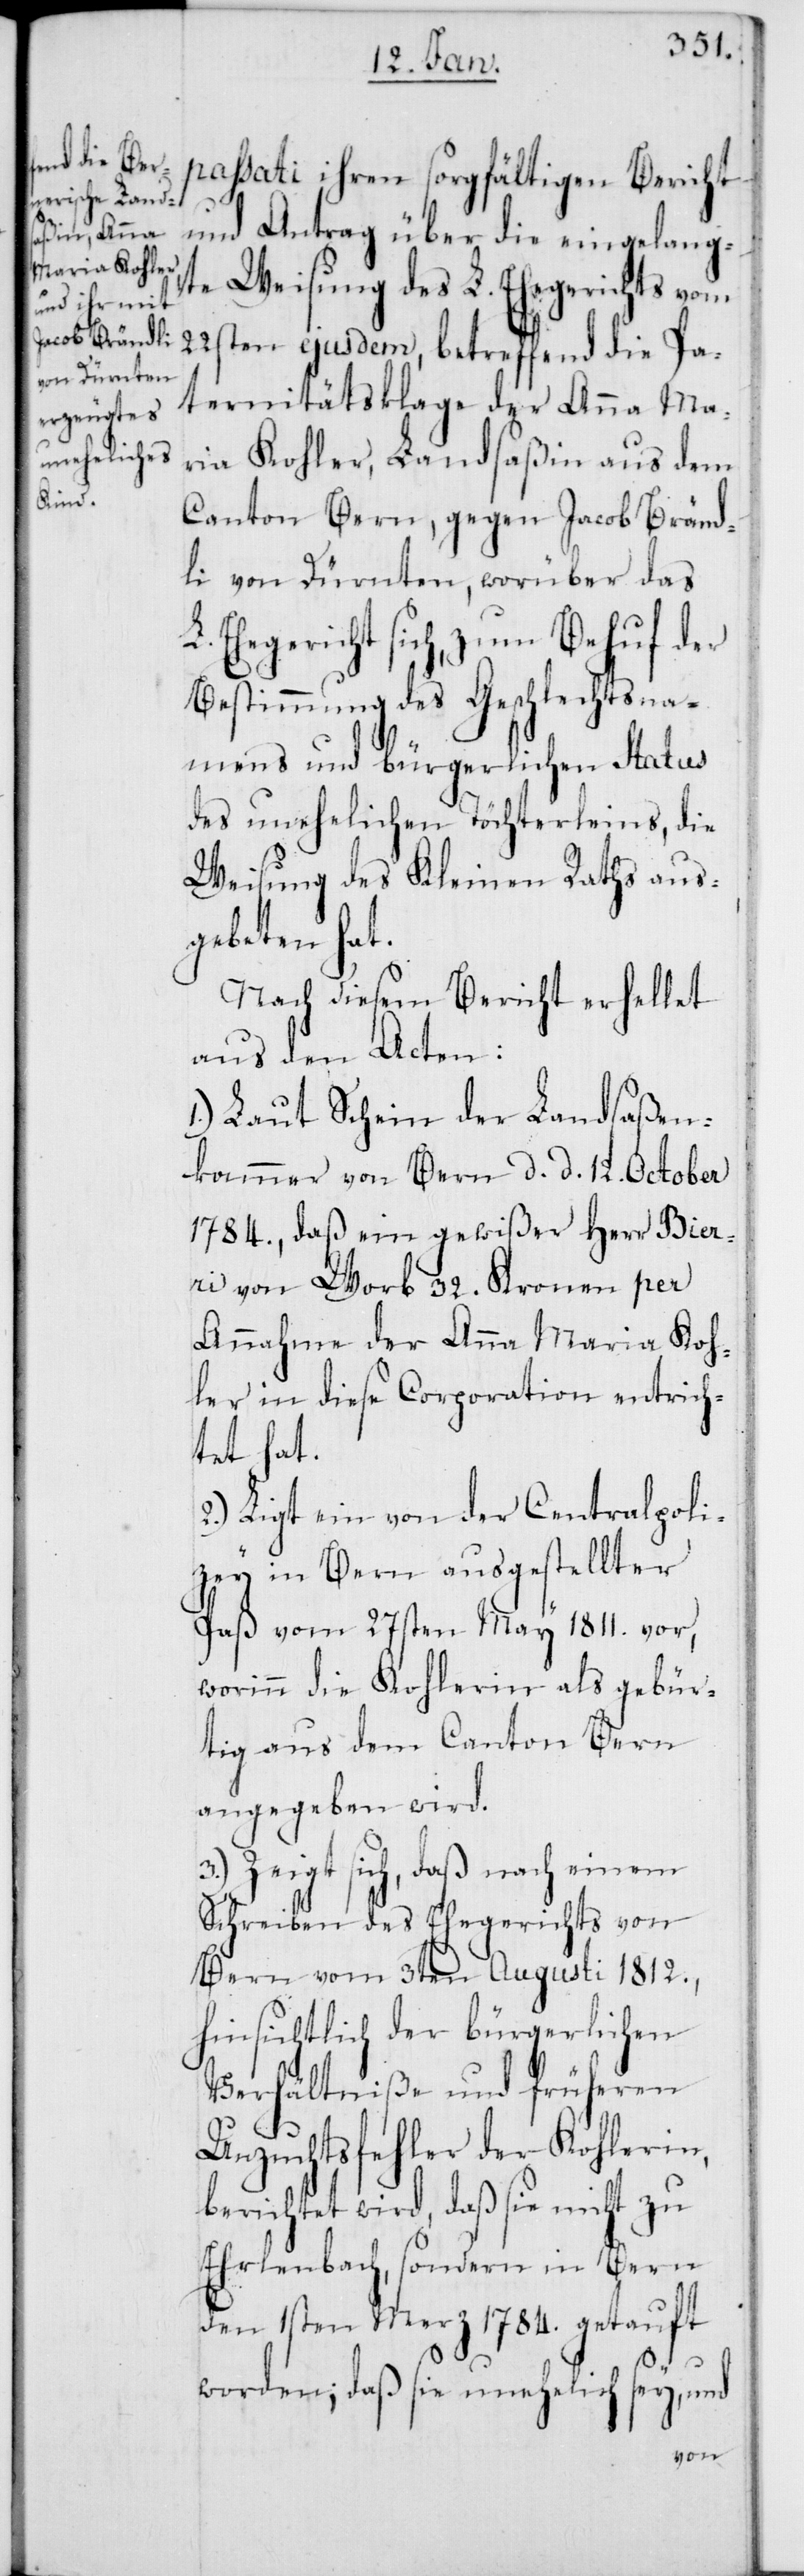
passati ihren sorgfältigen Bericht
und Antrag über die eingelang¬
te Weisung des L. Ehegerichts vom
22sten ejusdem, betreffend die Pa¬
ternitätsklage der Anna Ma¬
ria Kohler, Landsaßin aus dem
Canton Bern, gegen Jacob Bränd¬
li von Dürnten, worüber das
L. Ehegericht sich, zum Behuf der
Bestimmung des Geschlechtsna¬
mens und bürgerlichen Status
des unehelichen Töchterleins, die
Weisung des Kleinen Raths aus¬
gebeten hat.
Nach diesem Bericht erhellet
aus den Acten:
1.) Laut Schein der Landsaßen¬
kammer von Bern d. d. 12ten October
1784., daß ein gewißer Herr Bier¬
i von Worb 32. Kronen per
Annahme der Anna Maria Koh¬
ler in diese Corporation entrich¬
tet hat.
2.) Ligt ein von der Centralpoli¬
zey in Bern ausgestellter
Paß vom 27sten May 1811. vor,
worinn die Kohlerin als gebür¬
tig aus dem Canton Bern
angegeben wird.
3.) Zeigt sich, daß nach einem
Schreiben des Ehegerichts von
Bern vom 3ten Augusti 1812.,
hinsichtlich der bürgerlichen
Verhältniße und früheren
Unzuchtsfehler der Kohlerin,
berichtet wird, daß sie nicht zu
Ehrlenbach, sondern in Bern
den 1sten Merz 1784. getauft
worden; daß sie unehelich sey, und